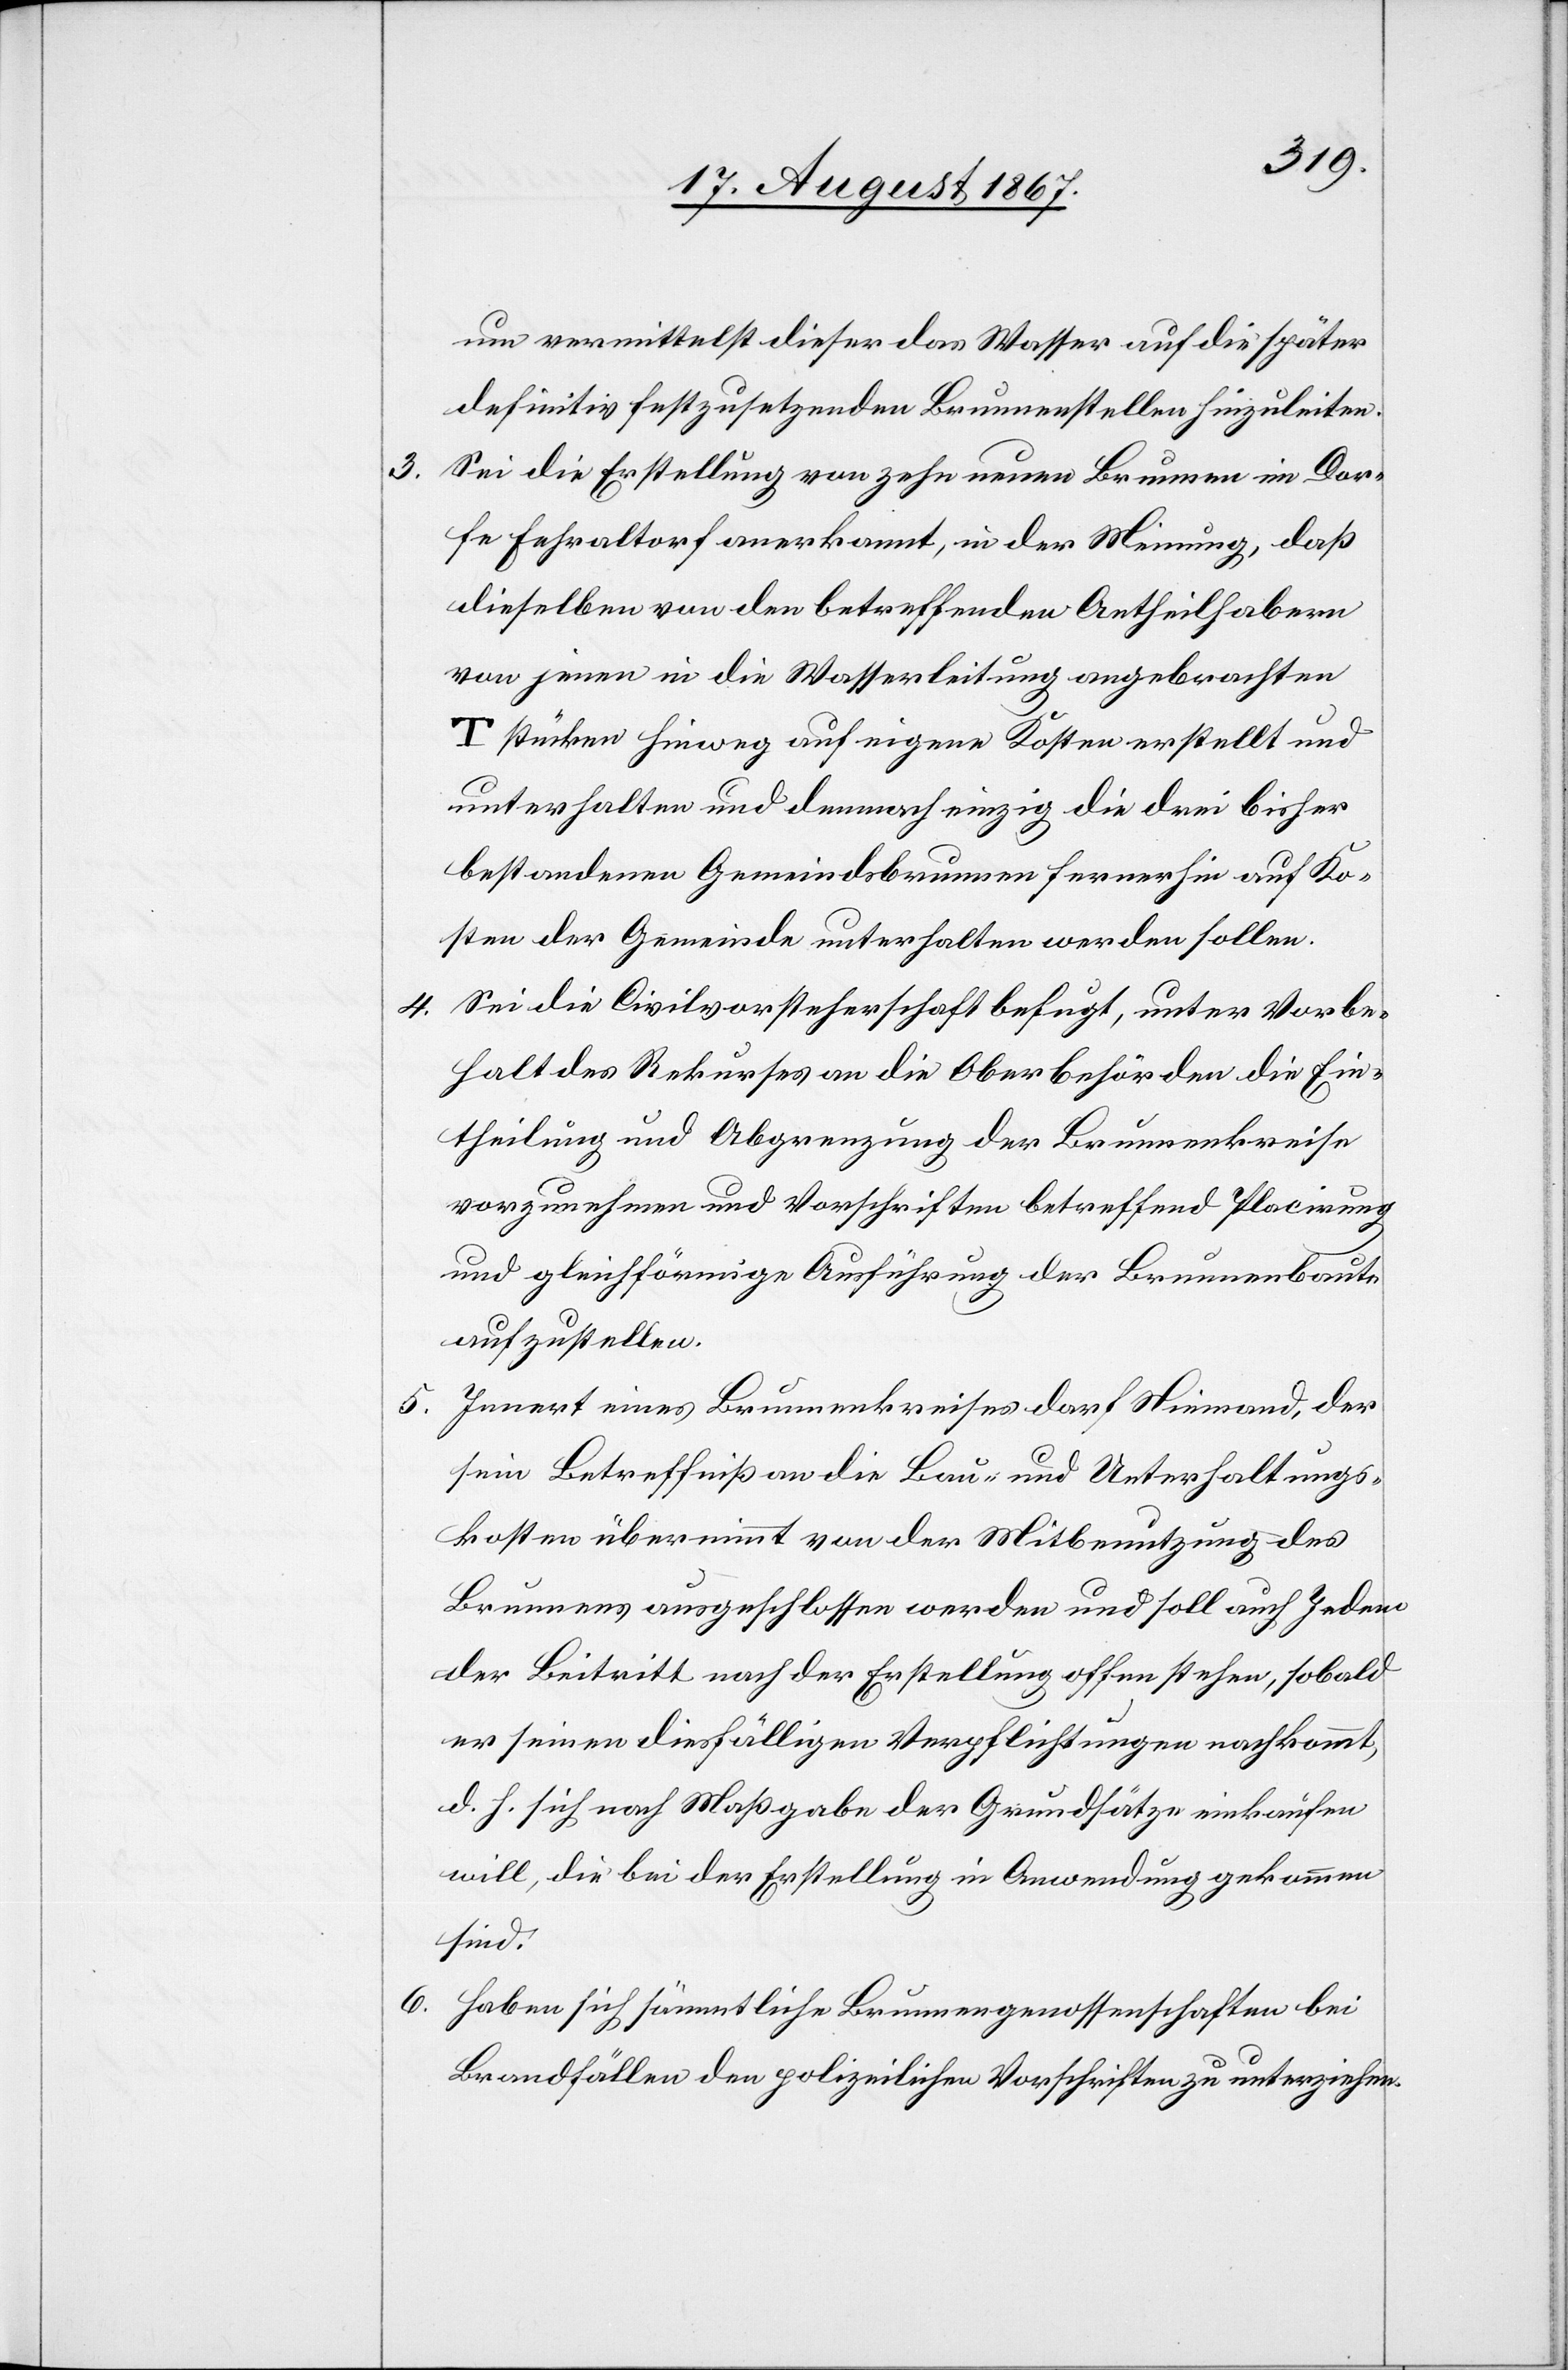
3.

um vermittelst dieser das Wasser auf die später
definitiv festzusetzenden Brunnenstellen hinzuleiten.
Sei die Erstellung von zehn neuen Brunnen im Dor¬
fe Fehraltorf anerkannt, in der Meinung, daß
dieselben von den betreffenden Antheilhabern
von jenen in die Wasserleitung angebrachten
Tstücken hinweg auf eigene Kosten erstellt und
unterhalten und demnach einzig die drei bisher
bestandenen Gemeindsbrunnen fernerhin auf Ko¬
sten der Gemeinde unterhalten werden sollen.
4. Sei die Civilvorsteherschaft befugt, unter Vorbe¬
halt des Rekurses an die Oberbehörden die Ein¬
theilung und Abgrenzung der Brunnenkreise
vorzunehmen und Vorschriften betreffend Placirung
und gleichförmige Ausführung der Brunnenbaute
aufzustellen.
5. Innert eines Brunnenkreises darf Niemand, der
sein Betreffniß an die Bau- und Unterhaltungs¬
kosten übernimmt von der Mitbenutzung des
Brunnens ausgeschlossen werden und soll auch Jedem
der Beitritt nach der Erstellung offen stehen, sobald
er seinen diesfälligen Verpflichtungen nachkommt,
d. h. sich nach Maßregel der Grundsätze einkaufen
will, die bei der Erstellung in Anwendung gekommen
sind.
6. Haben sich sämmtliche Brunnengenossenschaften bei
Brandfällen den polizeilichen Vorschriften zu unterziehen.